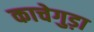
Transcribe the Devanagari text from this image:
काचेगुड़ा